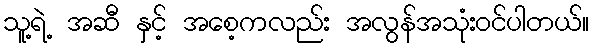
သူ့ရဲ့ အဆီ နှင့် အစေ့ကလည်း အလွန်အသုံးဝင်ပါတယ်။